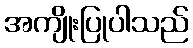
အကျိုးပြုပါသည်